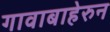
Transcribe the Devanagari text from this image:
गावाबाहेरुन